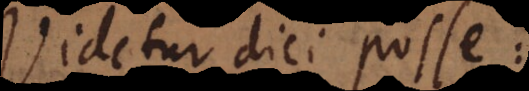
Videtur dici posse: